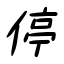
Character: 停